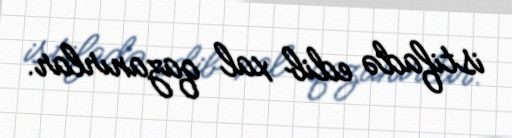
istifadə edib xal qazanırlar.